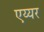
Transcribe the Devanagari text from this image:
एय्यर